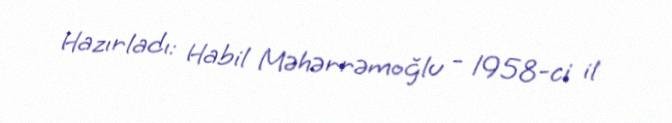
Hazırladı: Habil Məhərrəmoğlu - 1958-ci il